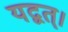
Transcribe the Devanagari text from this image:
यद्वत्।